Report of the Indian Hemp Drugs Commission, 1894-1895 - Volume VIII
Year: 1894
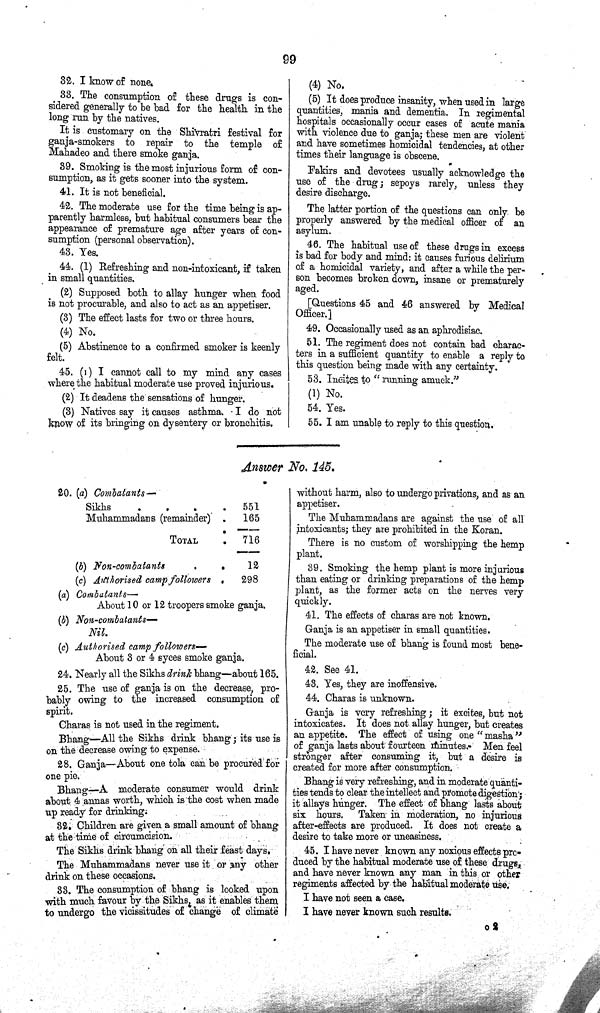
99
32. I know of none.
33. The consumption of these drugs is con¬
sidered generally to be bad for the health in the
long run by the natives.
It is customary on the Shivratri festival for
ganja-smokers to repair to the temple of
Mahadeo and there smoke ganja.
39. Smoking is the most injurious form of con¬
sumption, as it gets sooner into the system.
41. It is not beneficial.
42. The moderate use for the time being is ap¬
parently harmless, but habitual consumers bear the
appearance of premature age after years of con¬
sumption (personal observation).
43. Yes.
44. (1) Refreshing and non-intoxicant, if taken
in small quantities.
(2) Supposed both to allay hunger when food
is not procurable, and also to act as an appetiser.
(3) The effect lasts for two or three hours.
(4) No.
(5) Abstinence to a confirmed smoker is keenly
felt.
45. (1) I cannot call to my mind any cases
where the habitual moderate use proved injurious.
(2) It deadens the sensations of hunger.
(3) Natives say it causes asthma. I do not
know of its bringing on dysentery or bronchitis.
(4) No.
(5) It does produce insanity, when used in large
quantities, mania and dementia. In regimental
hospitals occasionally occur cases of acute mania
with violence due to ganja; these men are violent
and have sometimes homicidal tendencies, at other
times their language is obscene.
Fakirs and devotees usually acknowledge the
use of the drug; sepoys rarely, unless they
desire discharge.
The latter portion of the questions can only be
properly answered by the medical officer of an
asylum.
46. The habitual use of these drugs in excess
is bad for body and mind: it causes furious delirium
of a homicidal variety, and after a while the per¬
son becomes broken down, insane or prematurely
aged.
[Questions 45 and 46 answered by Medical
Officer.]
49. Occasionally used as an aphrodisiac.
51. The regiment does not contain bad charac¬
ters in a sufficient quantity to enable a reply to
this question being made with any certainty.
53. Incites to "running amuck."
(1) No.
54. Yes.
55. I am unable to reply to this question.
Answer No. 145.
20. (a) Combatants—
Sikhs
551
Muhammadans (remainder)
165
TOTAL
716
(b) Non-combatants
12
(c) Authorised camp followers
298
(a) Combatants—
About 10 or 12 troopers smoke ganja.
(b) Non-combatants—
Nil.
(c) Authorised camp followers—
About 3 or 4 syces smoke ganja.
24. Nearly all the Sikhs drink bhang—about 165.
25. The use of ganja is on the decrease, pro¬
bably owing to the increased consumption of
spirit.
Charas is not used in the regiment.
Bhang—All the Sikhs drink bhang; its use is
on the decrease owing to expense.
28. Ganja—About one tola can be procured for
one pie.
Bhang—A moderate consumer would drink
about 4 annas worth, which is the cost when made
up ready for drinking.
32. Children are given a small amount of bhang
at the time of circumcision.
The Sikhs drink bhang on all their feast days.
The Muhammadans never use it or any other
drink on these occasions.
33. The consumption of bhang is looked upon
with much favour by the Sikhs, as it enables them
to undergo the vicissitudes of change of climate
without harm, also to undergo privations, and as an
appetiser.
The Muhammadans are against the use of all
intoxicants; they are prohibited in the Koran.
There is no custom of worshipping the hemp
plant.
39. Smoking the hemp plant is more injurious
than eating or drinking preparations of the hemp
plant, as the former acts on the nerves very
quickly.
41. The effects of charas are not known.
Ganja is an appetiser in small quantities.
The moderate use of bhang is found most bene¬
ficial.
42. See 41.
48. Yes, they are inoffensive.
44. Charas is unknown.
Ganja is very refreshing; it excites, but not
intoxicates. It does not allay hunger, but creates
an appetite. The effect of using one "masha"
of ganja lasts about fourteen minutes. Men feel
stronger after consuming it, but a desire is
created for more after consumption.
Bhang is very refreshing, and in moderate quanti¬
ties tends to clear the intellect and promote digestion;
it allays hunger. The effect of bhang lasts about
six hours. Taken in moderation, no injurious
after-effects are produced. It does not create a
desire to take more or uneasiness.
45. I have never known any noxious effects pro¬
duced by the habitual moderate use of these drugs,
and have never known any man in this or other
regiments affected by the habitual moderate use.
I have not seen a case.
I have never known such results.
o 2